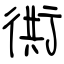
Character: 衖